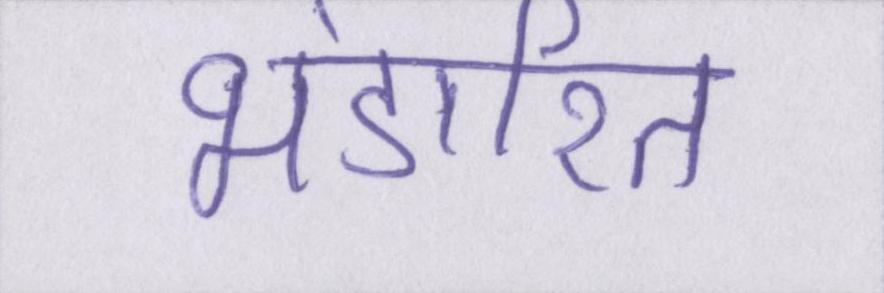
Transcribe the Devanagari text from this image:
भंडारित